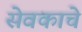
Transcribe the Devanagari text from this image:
सेवकाचे